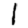
Digit: 1